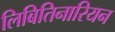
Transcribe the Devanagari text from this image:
लिबितिनारियन